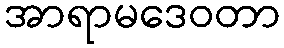
အာရာမဒေဝတာ